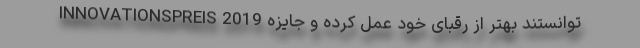
توانستند بهتر از رقبای خود عمل کرده و جایزه INNOVATIONSPREIS 2019